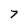
Character: 7